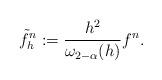
LaTeX: \begin{align*}\tilde f_h^n:=\frac{h^2}{\omega_{2-\alpha}(h)} f^n.\end{align*}